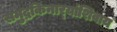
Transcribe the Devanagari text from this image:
समुद्रकिनार्‍यांशिवाय